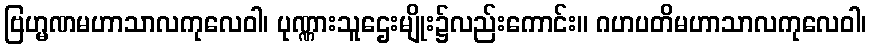
ဗြဟ္မဏမဟာသာလကုလေဝါ၊ ပုဏ္ဏားသူဌေးမျိုး၌လည်းကောင်း။ ဂဟပတိမဟာသာလကုလေဝါ၊